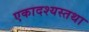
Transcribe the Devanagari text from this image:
एकादश्यस्तथा